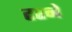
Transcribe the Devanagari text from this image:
टरने